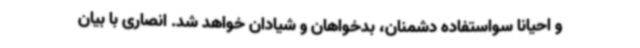
و احیانا سواستفاده دشمنان، بدخواهان و شیادان خواهد شد. انصاری با بیان